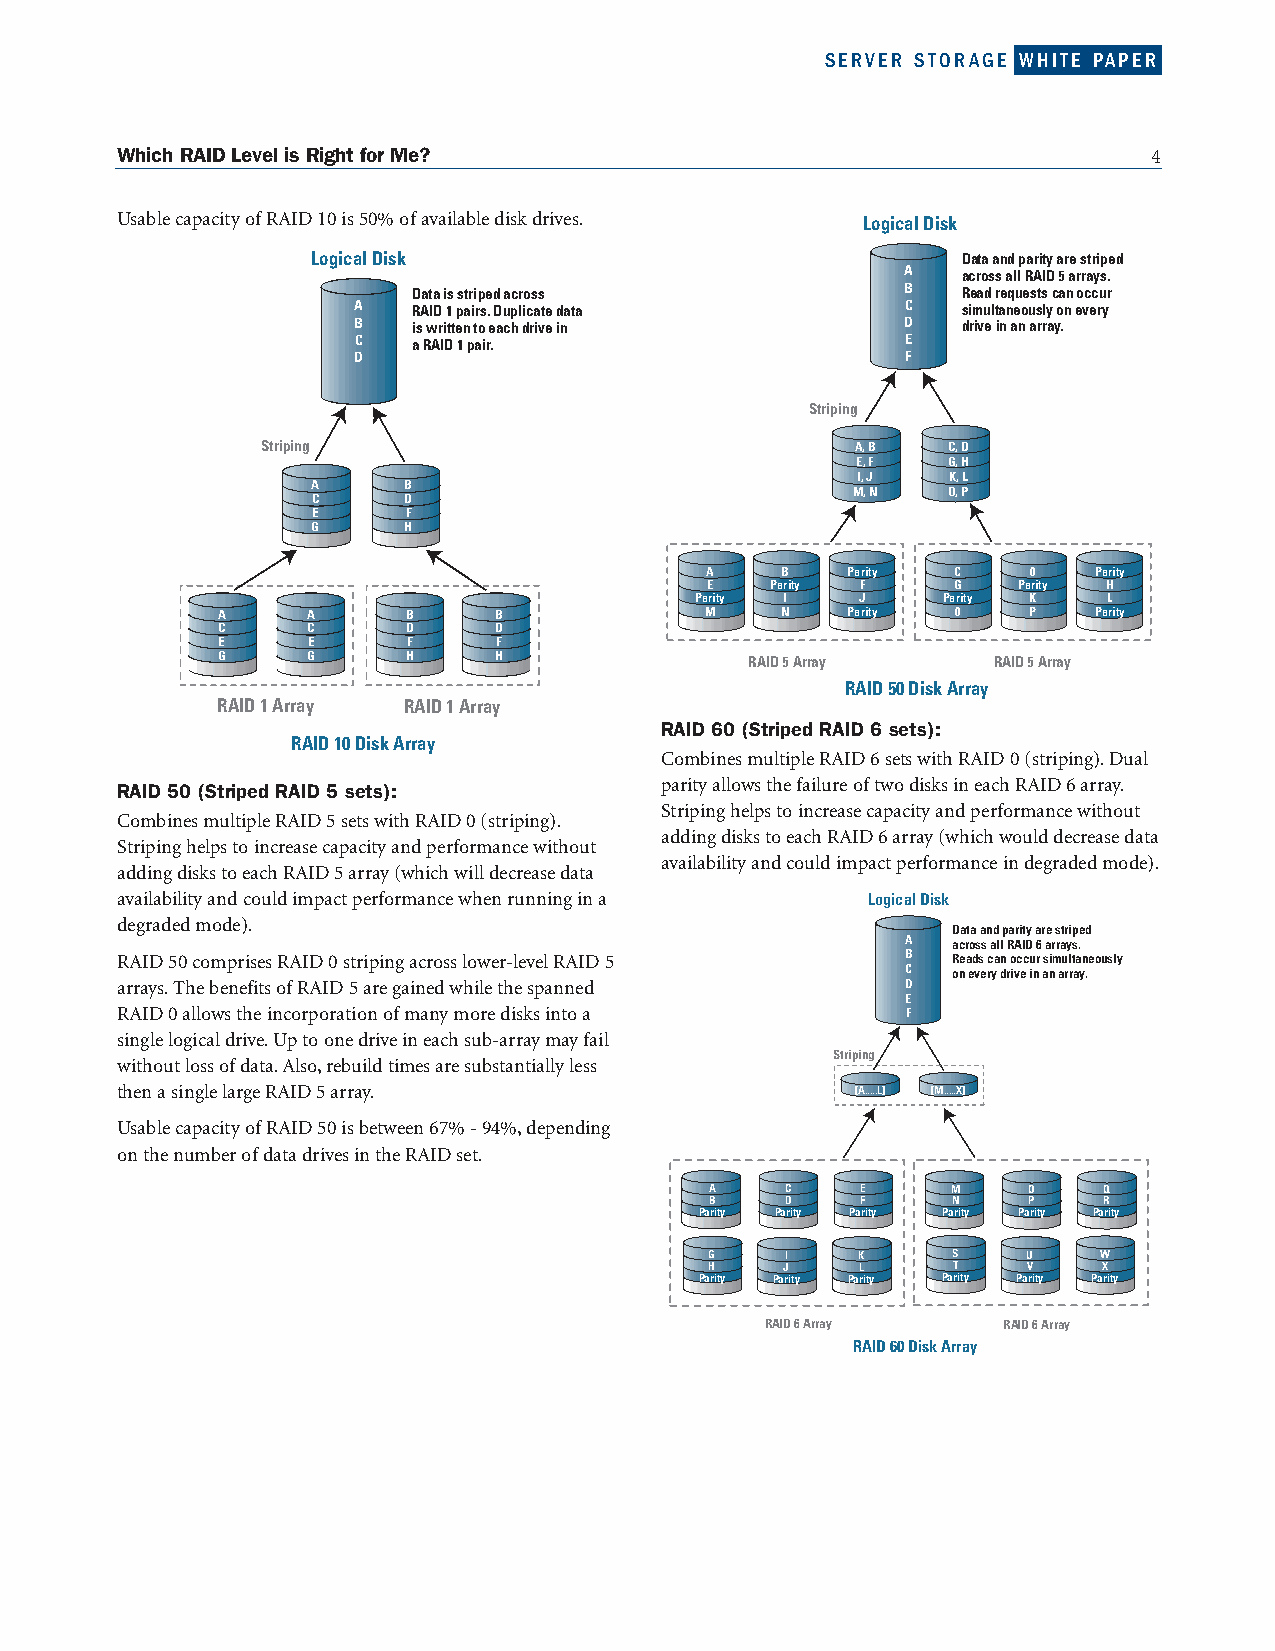
SERVER STORAGE WHITE PAPER
 Which RAID Level is Right for Me?                                   4
 Usable capacity ofRAID 10 is 50% ofavailable disk drives. Logical Disk
 Logical Disk                               Data and parity are striped
 A   across all RAID 5 arrays.
 Data is striped across           B   Read requests can occur
 A   RAID 1 pairs. Duplicate data     C   simultaneously on every
 B   iswritten to each drive in       D   drive in an array.
 C   aRAID 1pair.                     E
 D                                    F
 Striping
 Striping                                A, B  C, D
 E,F   G,H
 I,J   K, L
 A     B
 M,N    O, P
 C     D
 E     F
 G     H
 A    B   Parity C    0   Parity
 E   Parity F    G   Parity H
 Parity I   J    Parity K   L
 A     A      B     B             M    N   Parity 0    P   Parity
 C     C      D     D
 E     E      F     F
 G     G      H     H                RAID 5 Array    RAID 5 Array
 RAID 50Disk Array
 RAID 1 Array RAID 1 Array
 RAID 60 (Striped RAID 6 sets):
 RAID 10Disk Array
 Combines multiple RAID 6 sets with RAID 0 (striping).Dual
 RAID 50 (Striped RAID 5 sets):      parity allows the failure oftwo disks in each RAID 6 array.
 Striping helps to increase capacity and performance without
 Combines multiple RAID 5 sets with RAID 0 (striping).
 adding disks to each RAID 6 array (which would decrease data
 Striping helps to increase capacity and performance without
 availability and could impact performance in degraded mode).
 adding disks to each RAID 5 array (which will decrease data
 availability and could impact performance when running in a Logical Disk
 degraded mode).
 Data and parity are striped
 A  across all RAID 6 arrays.
 RAID 50 comprises RAID 0 striping across lower-level RAID 5 B Reads can occur simultaneously
 C  on every drive in an array.
 arrays.The benefits ofRAID 5 are gained while the spanned D
 E
 RAID 0 allows the incorporation ofmany more disks into a F
 single logical drive.Up to one drive in each sub-array may fail
 Striping
 without loss ofdata.Also,rebuild times are substantially less
 then a single large RAID5 array.                 [A.....L] [M.....X]
 Usable capacity ofRAID 50 is between 67% - 94%,depending
 onthe numberofdata drives in the RAID set.
 A    C    E     M    O    Q
 B    D    F     N    P    R
 Parity Parity Parity Parity Parity Parity
 G    I    K     S    U    W
 H    J    L     T    V    X
 Parity Parity Parity Parity Parity Parity
 RAID 6 Array   RAID 6 Array
 RAID 60Disk Array